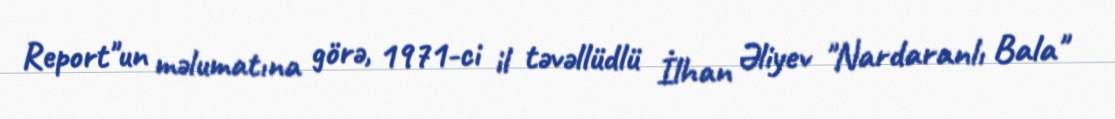
Report"un məlumatına görə, 1971-ci il təvəllüdlü İlhan Əliyev "Nardaranlı Bala"